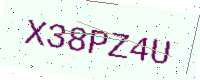
Text: X38PZ4U